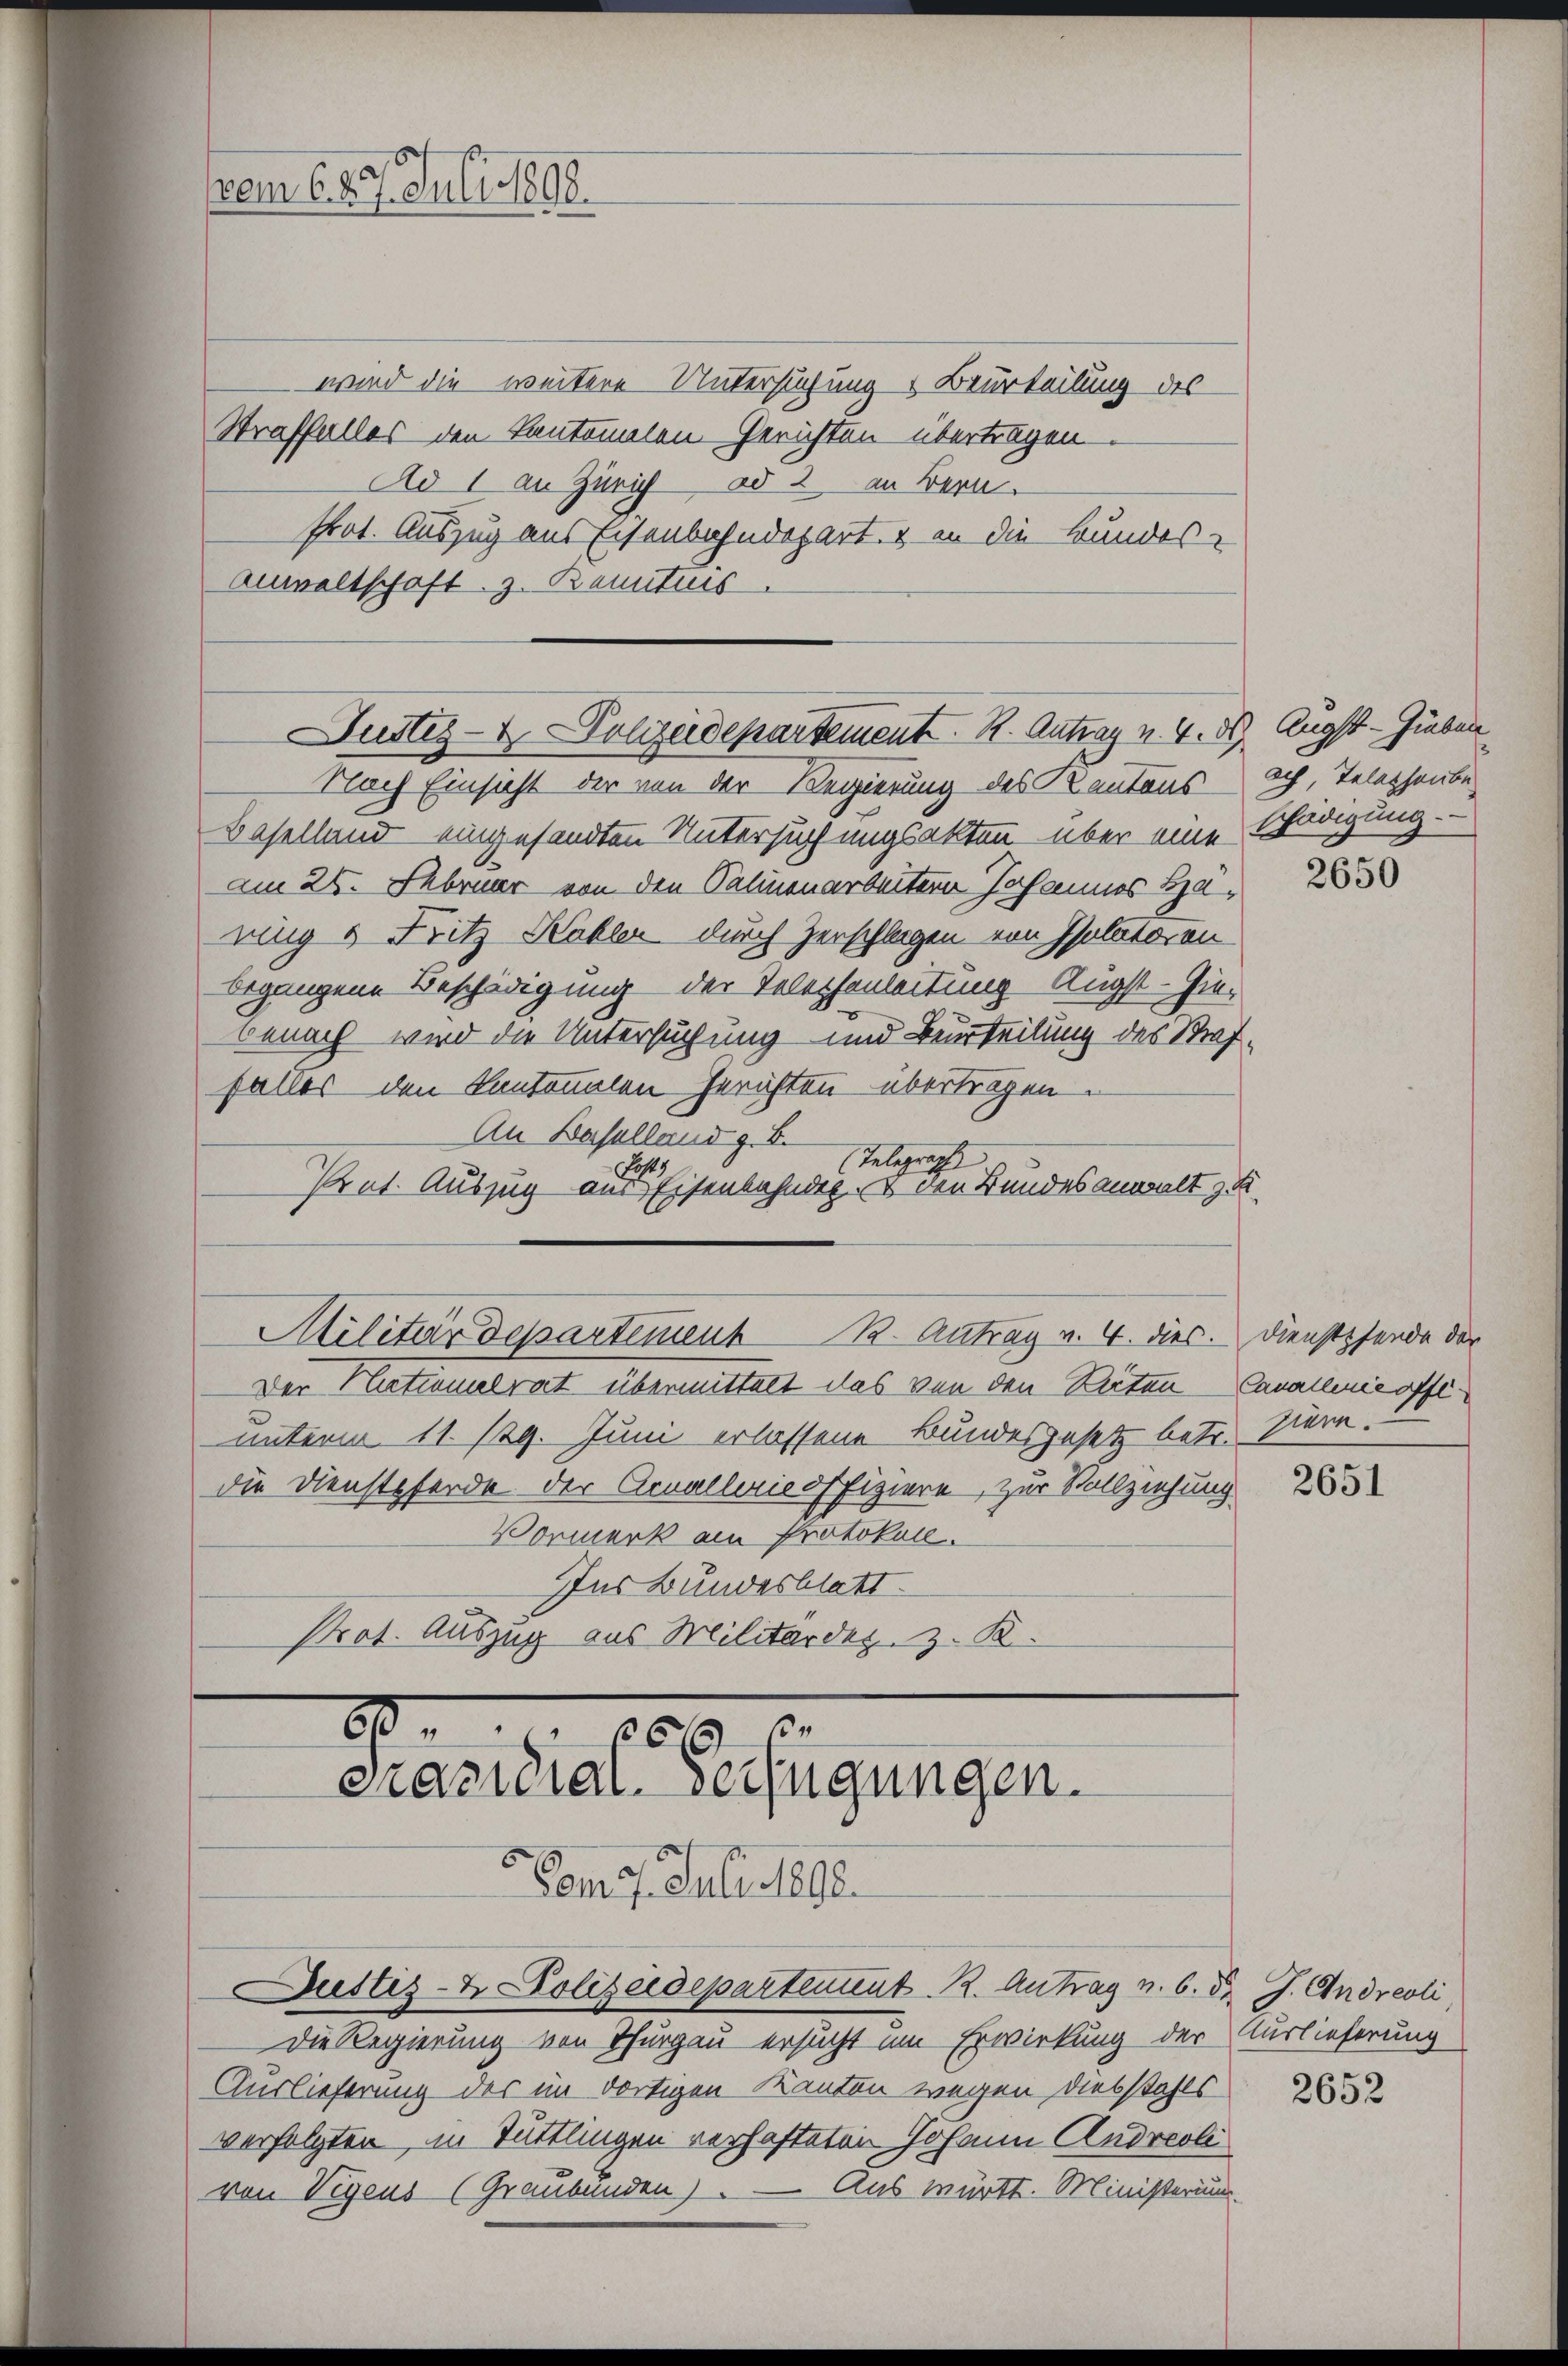
vem 6. 29. Juli 1898

wird die weitere Untersuchung & Beurteilung des
Straffalles den Kantonalen Gerichten übertragen
Ad 1 an Zürich ad 2 an Bern.
Prot. Auszug aus Eisenbahndepart, & an die Bundes-
Anwaltschaft z. Banntnis

Justiz- & Polizeidepartement. K. Antrag v. 4. ds. Augst - Hieben

169 f.
Präsidial-Verfügungen.

Vom 17. Juli 1890

Nach Einsicht der von der Regierung des Kantons
Baselland eingesandten Untersuchungsakten über eine Schädigung.
am 25. Februar von den Salinenarbeitern Johannes Haring & Fritz Käkler durch Zerschlagen von Isolator an
begangene Beschädigung der Telephenleitung Augst-Giebenach wird die Untersuchung und Beurteilung des Straf
falles den Kantonalen Zurichten übertragen.
An Baselland z. B.
Telegraph
Loy
Prat. Auszug aus Eisenbahndet. den Bundesanwalt zu
Militärdepartement B. Antrag v. 4. dies.
Der Nationalrat übermittelt das von den Raten Cavallinie offe
unterm 11. 129. Juni erlassene Bundesgesetz betr. Bern.
die Dienstpferde der Annalleris offiziere, zur Vollziehung
Vormerk am Protokoll.
Ins Bundesblatt.
Prot. Auszug aus Militärdez. z. K.

Justiz- & Polizeidepartement. K. Antrag v. 6. d. J. Andreoli

Die Regierung von Thurgau ersucht um Erwirkung der Auslieferung
Auslieferung des im dortigen Kanton wegen diebstahls
verfolgten, in Tuttlingen verhafteten Johann Andreolivon Vigens (Graubünden). — Aus württ. Ministerium

ach, Telephaube

2650

Dienstpfende der

2651

2652